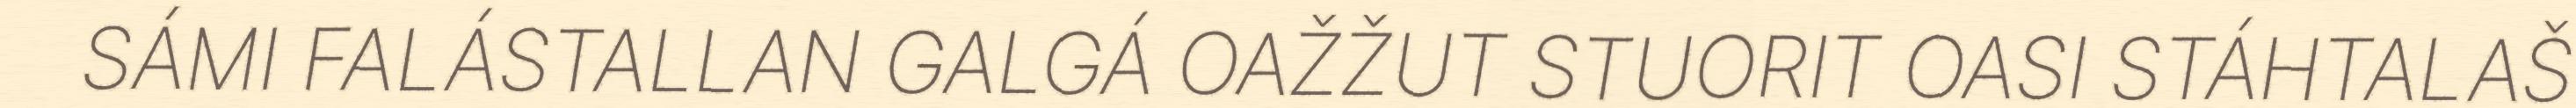
SÁMI FALÁSTALLAN GALGÁ OAŽŽUT STUORIT OASI STÁHTALAŠ